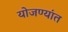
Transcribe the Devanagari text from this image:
योजण्यांत